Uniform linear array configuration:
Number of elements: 64
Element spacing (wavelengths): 1
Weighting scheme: cosine
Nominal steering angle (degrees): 15
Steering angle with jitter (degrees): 15.771
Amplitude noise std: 0.05
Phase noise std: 0.05

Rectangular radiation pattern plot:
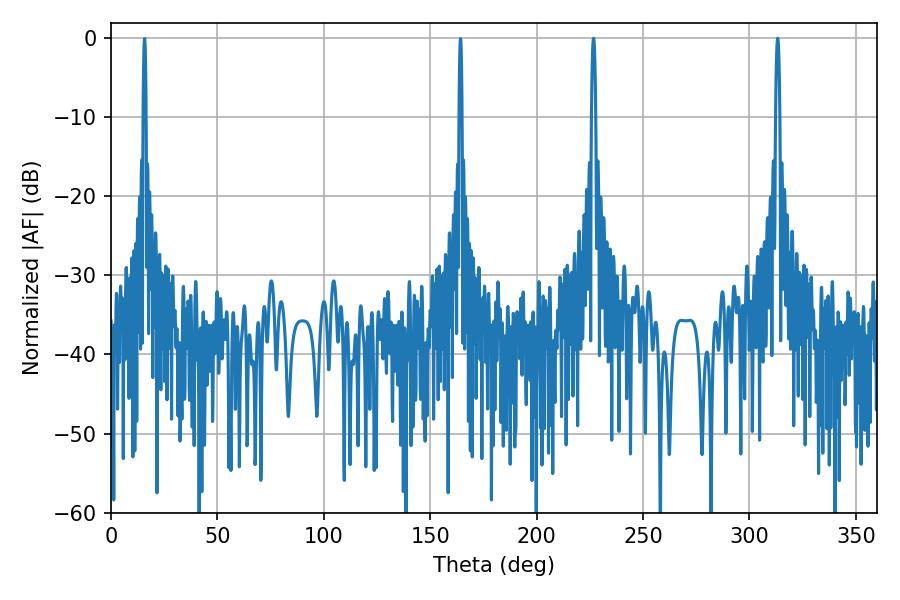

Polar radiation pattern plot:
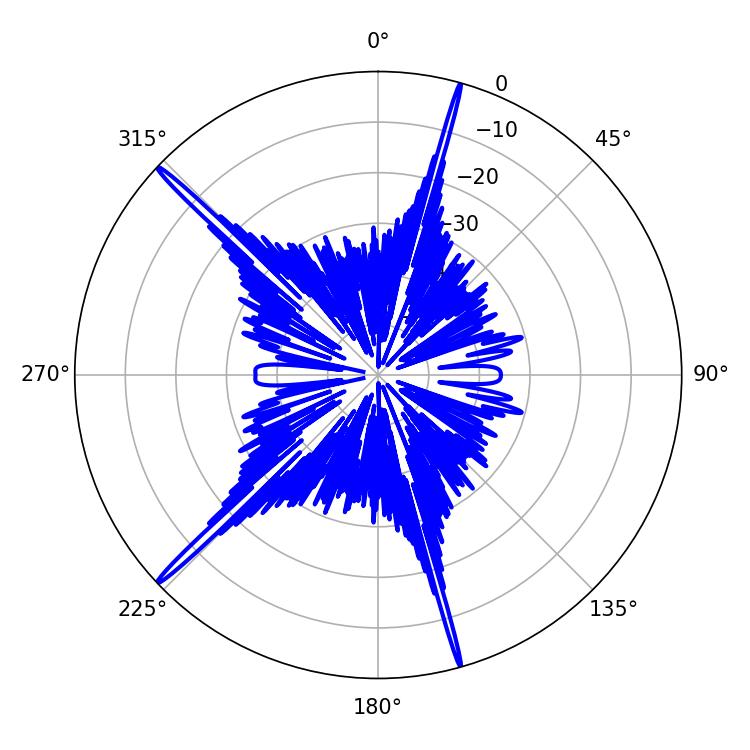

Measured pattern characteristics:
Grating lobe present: TRUE
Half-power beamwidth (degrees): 1.08
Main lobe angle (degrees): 226.8